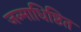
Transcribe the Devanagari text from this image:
जन्माधिष्ठित